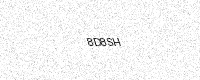
Text: 8D8SH